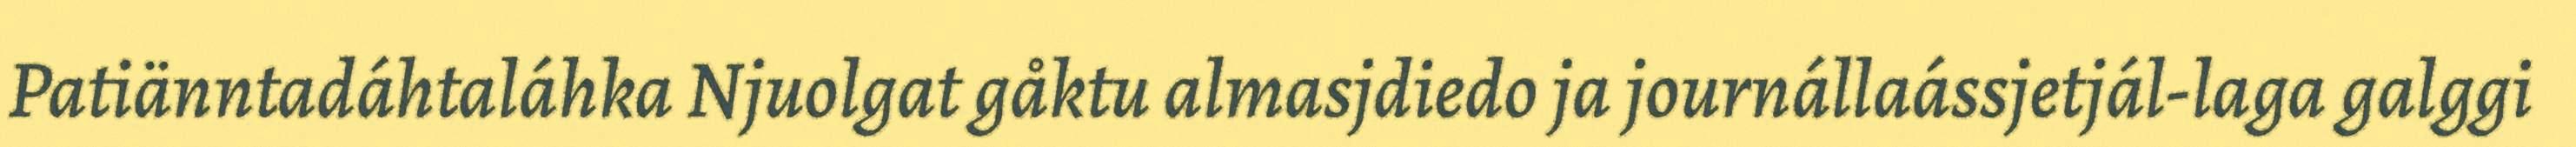
Patiänntadáhtaláhka Njuolgat gåktu almasjdiedo ja journállaássjetjál-laga galggi